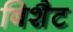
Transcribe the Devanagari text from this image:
बिशैट